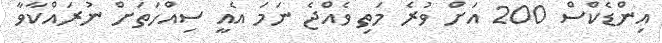
އިންޑެކްސް 200 އަށް ވުރެ މަތި ވެއްޖެ ނަމަ އެއީ ސިއްހަތަށް ނުރައްކާވާ